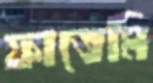
ফাতেমি